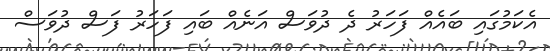
އެކަމުގައި ބައެއް ފަހަރު ދެ ދުވަސް އަނެއް ބައި ފަހަރު ފަސް ދުވަސް